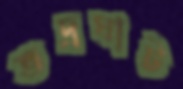
ভদ্রঘাট